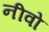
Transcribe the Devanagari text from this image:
नीवो